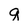
Character: q